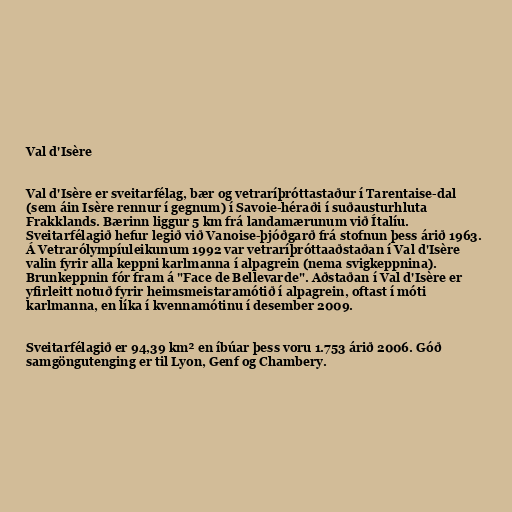
Val d'Isère

Val d'Isère er sveitarfélag, bær og vetraríþróttastaður í Tarentaise-dal
(sem áin Isère rennur í gegnum) í Savoie-héraði í suðausturhluta
Frakklands. Bærinn liggur 5 km frá landamærunum við Ítalíu.
Sveitarfélagið hefur legið við Vanoise-þjóðgarð frá stofnun þess árið 1963.
Á Vetrarólympíuleikunum 1992 var vetraríþróttaaðstaðan í Val d'Isère
valin fyrir alla keppni karlmanna í alpagrein (nema svigkeppnina).
Brunkeppnin fór fram á "Face de Bellevarde". Aðstaðan í Val d'Isère er
yfirleitt notuð fyrir heimsmeistaramótið í alpagrein, oftast í móti
karlmanna, en líka í kvennamótinu í desember 2009.

Sveitarfélagið er 94,39 km² en íbúar þess voru 1.753 árið 2006. Góð
samgöngutenging er til Lyon, Genf og Chambery.